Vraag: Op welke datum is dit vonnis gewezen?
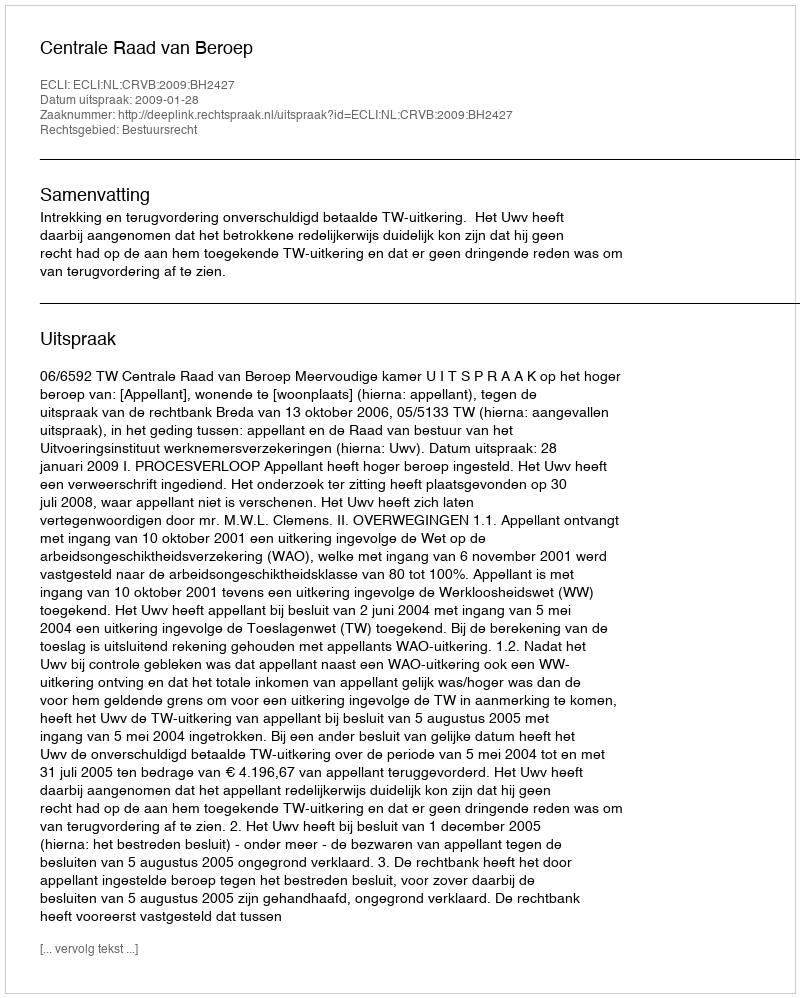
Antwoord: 2009-01-28